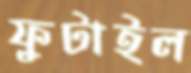
ফুটাইল